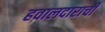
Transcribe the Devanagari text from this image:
हवालदाराची